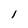
Character: 1